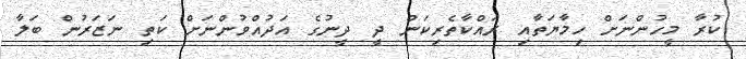
ކުރާ މީހުންނަށް ހިމާޔަތާއި ރައްކާތެރިކަން ދީ ދީނުގެ އަދުއްވުންނަށް ކަތި ނަޒަރުން ބަލާ